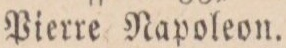
Pierre Napoleon.